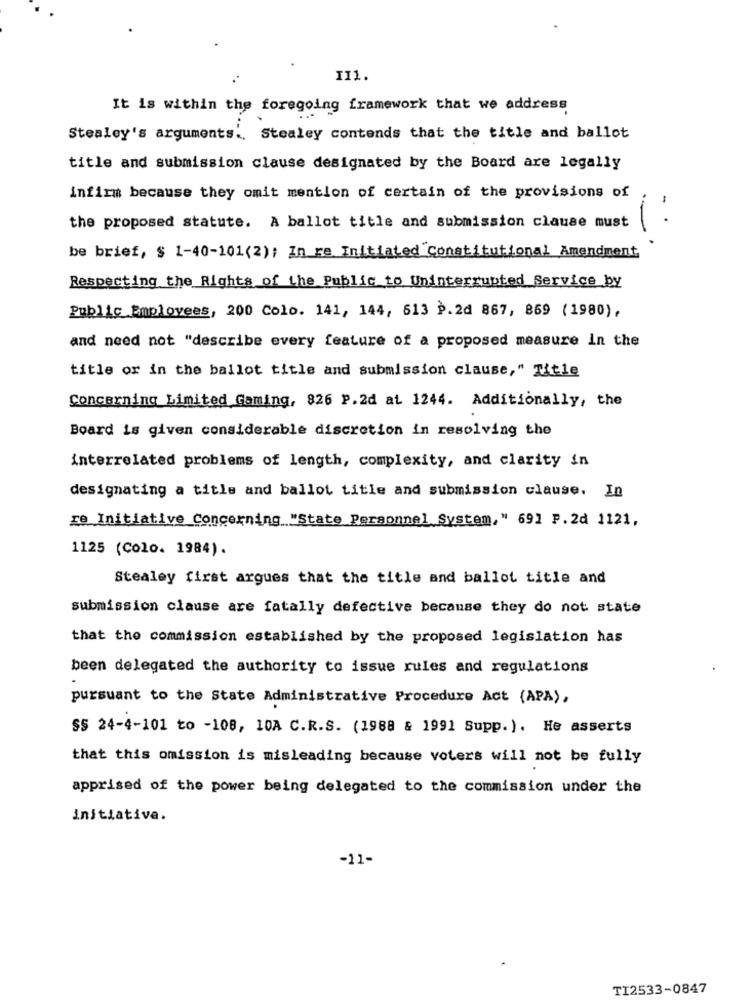
II1.
It is within the foregoing framework that we address
Stealey's arguments. Stealey contends that the title and ballot
title and submission clause designated by the Board are legally
infirm because they omit mention of certain of the provisions of
the proposed statute. A ballot title and submission clause must
1:
be brief, $ 1-40-101(2); In re Initiated Constitutional Amendment
Respecting the Rights of the Public to Uninterrupted Service by
Public Employees, 200 Colo. 141, 144, 613 P.2d 867, 869 (1980),
and need not "describe every feature of a proposed measure In the
title or in the ballot title and submission clause, " Title
Concerning Limited Gaming, 826 P. 2d at 1244. Additionally, the
Board is given considerable discretion in resolving the
interrelated problems of length, complexity, and clarity in
designating a title and ballot title and submission clause. In
re Initiative Concerning "State Personnel System," 691 P.2d 1121,
1125 (Colo. 1984).
Stealey first argues that the title and ballot title and
submission clause are fatally defective because they do not state
that the commission established by the proposed legislation has
been delegated the authority to issue rules and regulations
pursuant to the State Administrative Procedure Act (APA),
SS 24-4-101 to -108, 10A C.R.S. (1988 & 1991 Supp.). He asserts
that this omission is misleading because voters will not be fully
apprised of the power being delegated to the commission under the
initiative.
-11-
TI2533-0847